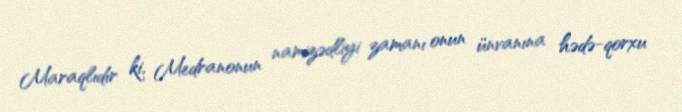
Maraqlıdır ki, Medranonun namizədliyi zamanı onun ünvanına hədə-qorxu